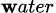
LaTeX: _{\mathbf{w}ater}